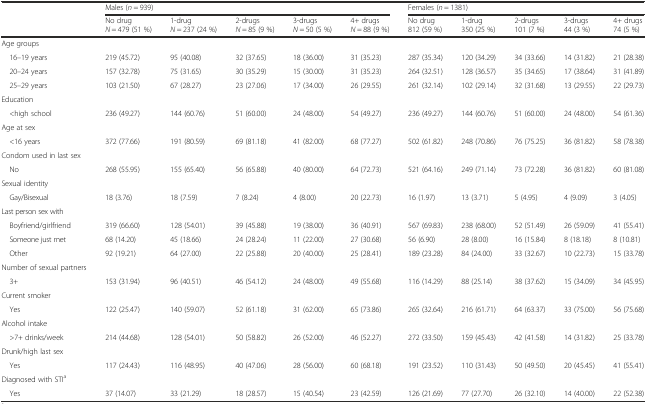
<table><thead><tr><td></td><td colspan="5"><b>Males (<i>n</i> = 939)</b></td><td colspan="5"><b>Females (<i>n</i> = 1381)</b></td></tr><tr><td></td><td><b>No drug <i>N</i> = 479 (51 %)</b></td><td><b>1-drug <i>N</i> = 237 (24 %)</b></td><td><b>2-drugs <i>N</i> = 85 (9 %)</b></td><td><b>3-drugs <i>N</i> = 50 (5 %)</b></td><td><b>4+ drugs <i>N</i> = 88 (9 %)</b></td><td><b>No drug 812 (59 %)</b></td><td><b>1-drug 350 (25 %)</b></td><td><b>2-drugs 101 (7 %)</b></td><td><b>3-drugs 44 (3 %)</b></td><td><b>4+ drugs 74 (5 %)</b></td></tr></thead><tbody><tr><td>Age groups</td><td></td><td></td><td></td><td></td><td></td><td></td><td></td><td></td><td></td><td></td></tr><tr><td> 16–19 years</td><td>219 (45.72)</td><td>95 (40.08)</td><td>32 (37.65)</td><td>18 (36.00)</td><td>31 (35.23)</td><td>287 (35.34)</td><td>120 (34.29)</td><td>34 (33.66)</td><td>14 (31.82)</td><td>21 (28.38)</td></tr><tr><td> 20–24 years</td><td>157 (32.78)</td><td>75 (31.65)</td><td>30 (35.29)</td><td>15 (30.00)</td><td>31 (35.23)</td><td>264 (32.51)</td><td>128 (36.57)</td><td>35 (34.65)</td><td>17 (38.64)</td><td>31 (41.89)</td></tr><tr><td> 25–29 years</td><td>103 (21.50)</td><td>67 (28.27)</td><td>23 (27.06)</td><td>17 (34.00)</td><td>26 (29.55)</td><td>261 (32.14)</td><td>102 (29.14)</td><td>32 (31.68)</td><td>13 (29.55)</td><td>22 (29.73)</td></tr><tr><td>Education</td><td></td><td></td><td></td><td></td><td></td><td></td><td></td><td></td><td></td><td></td></tr><tr><td> &lt;high school</td><td>236 (49.27)</td><td>144 (60.76)</td><td>51 (60.00)</td><td>24 (48.00)</td><td>54 (49.27)</td><td>236 (49.27)</td><td>144 (60.76)</td><td>51 (60.00)</td><td>24 (48.00)</td><td>54 (61.36)</td></tr><tr><td>Age at sex</td><td></td><td></td><td></td><td></td><td></td><td></td><td></td><td></td><td></td><td></td></tr><tr><td> &lt;16 years</td><td>372 (77.66)</td><td>191 (80.59)</td><td>69 (81.18)</td><td>41 (82.00)</td><td>68 (77.27)</td><td>502 (61.82)</td><td>248 (70.86)</td><td>76 (75.25)</td><td>36 (81.82)</td><td>58 (78.38)</td></tr><tr><td>Condom used in last sex</td><td></td><td></td><td></td><td></td><td></td><td></td><td></td><td></td><td></td><td></td></tr><tr><td> No</td><td>268 (55.95)</td><td>155 (65.40)</td><td>56 (65.88)</td><td>40 (80.00)</td><td>64 (72.73)</td><td>521 (64.16)</td><td>249 (71.14)</td><td>73 (72.28)</td><td>36 (81.82)</td><td>60 (81.08)</td></tr><tr><td>Sexual identity</td><td></td><td></td><td></td><td></td><td></td><td></td><td></td><td></td><td></td><td></td></tr><tr><td> Gay/Bisexual</td><td>18 (3.76)</td><td>18 (7.59)</td><td>7 (8.24)</td><td>4 (8.00)</td><td>20 (22.73)</td><td>16 (1.97)</td><td>13 (3.71)</td><td>5 (4.95)</td><td>4 (9.09)</td><td>3 (4.05)</td></tr><tr><td>Last person sex with</td><td></td><td></td><td></td><td></td><td></td><td></td><td></td><td></td><td></td><td></td></tr><tr><td> Boyfriend/girlfriend</td><td>319 (66.60)</td><td>128 (54.01)</td><td>39 (45.88)</td><td>19 (38.00)</td><td>36 (40.91)</td><td>567 (69.83)</td><td>238 (68.00)</td><td>52 (51.49)</td><td>26 (59.09)</td><td>41 (55.41)</td></tr><tr><td> Someone just met</td><td>68 (14.20)</td><td>45 (18.66)</td><td>24 (28.24)</td><td>11 (22.00)</td><td>27 (30.68)</td><td>56 (6.90)</td><td>28 (8.00)</td><td>16 (15.84)</td><td>8 (18.18)</td><td>8 (10.81)</td></tr><tr><td> Other</td><td>92 (19.21)</td><td>64 (27.00)</td><td>22 (25.88)</td><td>20 (40.00)</td><td>25 (28.41)</td><td>189 (23.28)</td><td>84 (24.00)</td><td>33 (32.67)</td><td>10 (22.73)</td><td>15 (33.78)</td></tr><tr><td>Number of sexual partners</td><td></td><td></td><td></td><td></td><td></td><td></td><td></td><td></td><td></td><td></td></tr><tr><td> 3+</td><td>153 (31.94)</td><td>96 (40.51)</td><td>46 (54.12)</td><td>24 (48.00)</td><td>49 (55.68)</td><td>116 (14.29)</td><td>88 (25.14)</td><td>38 (37.62)</td><td>15 (34.09)</td><td>34 (45.95)</td></tr><tr><td>Current smoker</td><td></td><td></td><td></td><td></td><td></td><td></td><td></td><td></td><td></td><td></td></tr><tr><td> Yes</td><td>122 (25.47)</td><td>140 (59.07)</td><td>52 (61.18)</td><td>31 (62.00)</td><td>65 (73.86)</td><td>265 (32.64)</td><td>216 (61.71)</td><td>64 (63.37)</td><td>33 (75.00)</td><td>56 (75.68)</td></tr><tr><td>Alcohol intake</td><td></td><td></td><td></td><td></td><td></td><td></td><td></td><td></td><td></td><td></td></tr><tr><td> &gt;7+ drinks/week</td><td>214 (44.68)</td><td>128 (54.01)</td><td>50 (58.82)</td><td>26 (52.00)</td><td>46 (52.27)</td><td>272 (33.50)</td><td>159 (45.43)</td><td>42 (41.58)</td><td>14 (31.82)</td><td>25 (33.78)</td></tr><tr><td>Drunk/high last sex</td><td></td><td></td><td></td><td></td><td></td><td></td><td></td><td></td><td></td><td></td></tr><tr><td> Yes</td><td>117 (24.43)</td><td>116 (48.95)</td><td>40 (47.06)</td><td>28 (56.00)</td><td>60 (68.18)</td><td>191 (23.52)</td><td>110 (31.43)</td><td>50 (49.50)</td><td>20 (45.45)</td><td>41 (55.41)</td></tr><tr><td>Diagnosed with STI<sup>a</sup></td><td></td><td></td><td></td><td></td><td></td><td></td><td></td><td></td><td></td><td></td></tr><tr><td> Yes</td><td>37 (14.07)</td><td>33 (21.29)</td><td>18 (28.57)</td><td>15 (40.54)</td><td>23 (42.59)</td><td>126 (21.69)</td><td>77 (27.70)</td><td>26 (32.10)</td><td>14 (40.00)</td><td>22 (52.38)</td></tr></tbody></table>